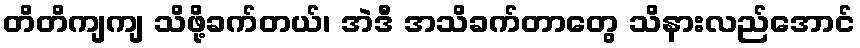
တိတိကျကျ သိဖို့ခက်တယ်၊ အဲဒီ အသိခက်တာတွေ သိနားလည်အောင်